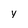
Character: y